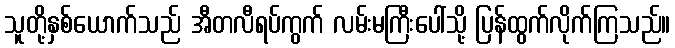
သူတို့နှစ်ယောက်သည် အီတလီရပ်ကွက် လမ်းမကြီးပေါ်သို့ ပြန်ထွက်လိုက်ကြသည်။